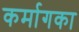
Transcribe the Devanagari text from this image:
कर्मागका